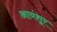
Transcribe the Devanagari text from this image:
आयंशूर